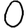
Digit: 0